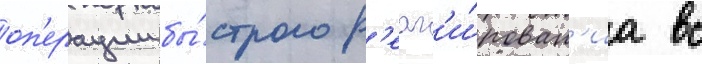
оп'ерации бы́строго р'еаг'и́рован'иа вс